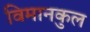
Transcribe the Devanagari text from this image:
विमानकुल